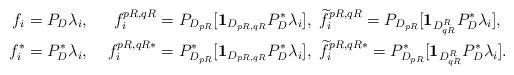
LaTeX: \begin{align*}f_i&=P_D\lambda_i,&f_i^{pR,qR}=P_{D_{pR}}[\mathbf{1}_{D_{pR,qR}} P_D^*\lambda_i],\enskip&\widetilde{f}_i^{pR,qR}=P_{D_{pR}}[\mathbf{1}_{D_{qR}^R} P_D^*\lambda_i],\\f_i^*&=P_D^*\lambda_i,&f_i^{pR,qR*}=P_{D_{pR}}^*[\mathbf{1}_{D_{pR,qR}} P_D^*\lambda_i],\enskip&\widetilde{f}_i^{pR,qR*}=P_{D_{pR}}^*[\mathbf{1}_{D_{qR}^R} P_D^*\lambda_i].\end{align*}